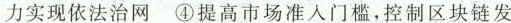
力实现依法治网 ④提高市场准入门槛，控制区块链发